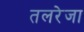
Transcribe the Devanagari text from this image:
तलरेजा